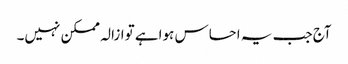
آج جب یہ احساس ہواہے توازالہ ممکن نہیں۔